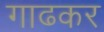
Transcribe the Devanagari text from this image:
गाढकर